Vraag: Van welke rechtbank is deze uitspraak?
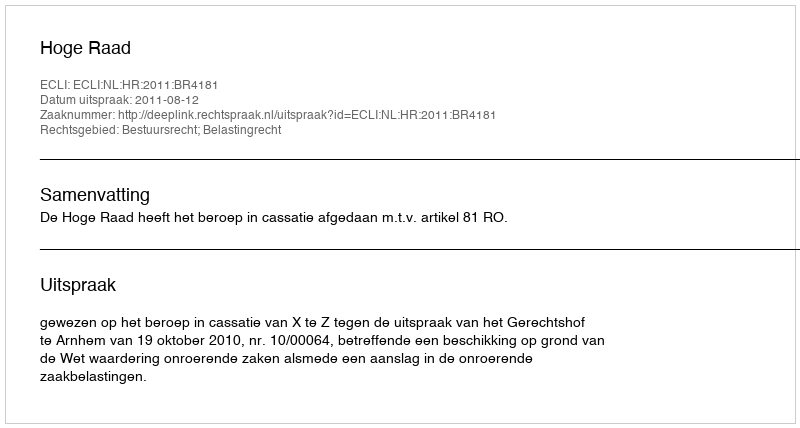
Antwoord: Hoge Raad